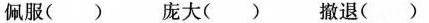
佩服() 庞大() 撤退()